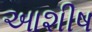
આશીષ